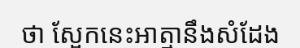
ថា ស្អែកនេះអាត្មានឹងសំដែង